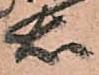
右